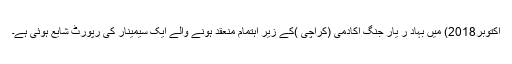
اکتوبر2018) میں بہاد ر یار جنگ اکادمی (کراچی )کے زیر اہتمام منعقد ہونے والے ایک سیمینار کی رپورٹ شایع ہوئی ہے۔